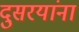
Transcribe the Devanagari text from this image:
दुसरयांना